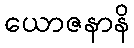
ယောဇနာနိ